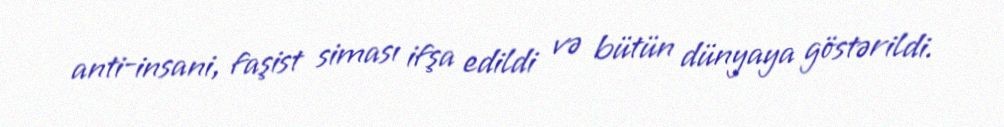
anti-insani, faşist siması ifşa edildi və bütün dünyaya göstərildi.